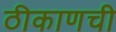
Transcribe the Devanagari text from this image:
ठीकाणची